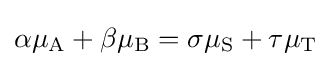
\alpha \mu _{\mathrm {A} }+\beta \mu _{\mathrm {B} }=\sigma \mu _{\mathrm {S} }+\tau \mu _{\mathrm {T} }